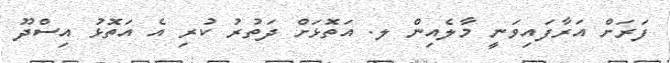
ފަރަށް އަރާފައިވަނީ މާލެއިން ލ. އަތޮޅަށް ދަތުރު ކުރި އެ އަތޮޅު އިސްދޫ